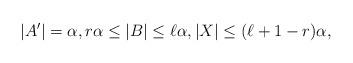
LaTeX: \begin{align*}|A'| = \alpha,r\alpha\leq |B|\leq \ell\alpha, |X|\leq (\ell+1-r) \alpha,\end{align*}